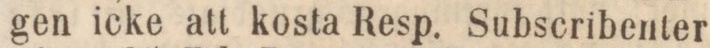
gen icke att kosta Resp. Subscribenter